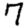
Digit: 7